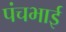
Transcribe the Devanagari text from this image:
पंचभाई